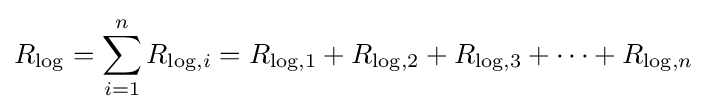
R_{\mathrm {log} }=\sum _{i=1}^{n}R_{\mathrm {log} ,i}=R_{\mathrm {log} ,1}+R_{\mathrm {log} ,2}+R_{\mathrm {log} ,3}+\cdots +R_{\mathrm {log} ,n}